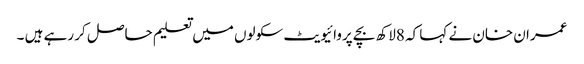
عمران خان نے کہا کہ 8لاکھ بچے پروائیویٹ سکولوں میں تعلیم حاصل کر رہے ہیں ۔